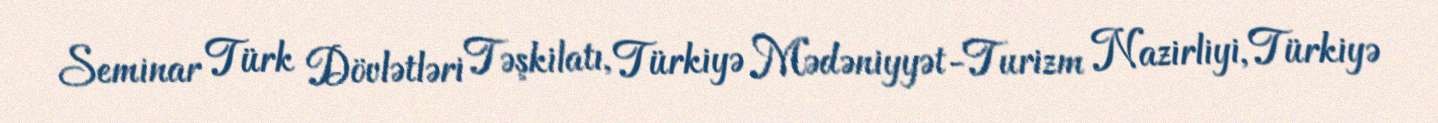
Seminar Türk Dövlətləri Təşkilatı, Türkiyə Mədəniyyət-Turizm Nazirliyi, Türkiyə